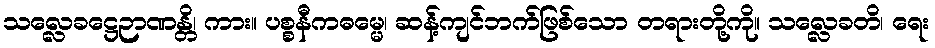
သလ္လေခဋ္ဌေဉာဏန္တိ၊ ကား။ ပစ္စနီကဓမ္မေ၊ ဆန့်ကျင်ဘက်ဖြစ်သော တရားတို့ကို။ သလ္လေခတိ၊ ရေး